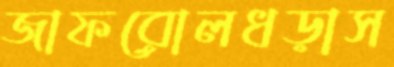
জাফরোলধড়াস